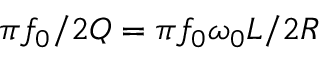
\pi f _ { 0 } / 2 Q = \pi f _ { 0 } \omega _ { 0 } L / 2 R